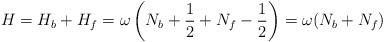
LaTeX: \begin{align*}H = H_b + H_f = \omega\left(N_b + \frac{1}{2} + N_f - \frac{1}{2}\right)= \omega (N_b + N_f)\end{align*}